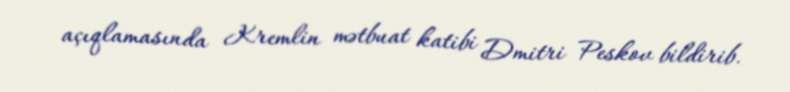
açıqlamasında Kremlin mətbuat katibi Dmitri Peskov bildirib.